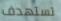
تستهدف